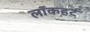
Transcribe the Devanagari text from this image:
लॉकहर्ट